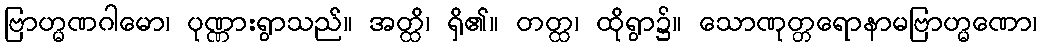
ဗြာဟ္မဏဂါမော၊ ပုဏ္ဏားရွာသည်။ အတ္ထိ၊ ရှိ၏။ တတ္ထ၊ ထိုရွာ၌။ သောဏုတ္တရောနာမဗြာဟ္မဏော၊